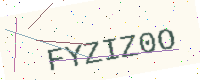
Text: FYZIZ0O